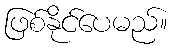
ဖြစ်နိုင်ပေမည်။